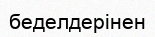
беделдерінен